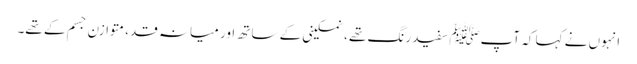
انہوں نے کہا کہ آپﷺ سفید رنگ تھے ، نمکینی کے ساتھ اور میانہ قد، متوازن جسم کے تھے۔